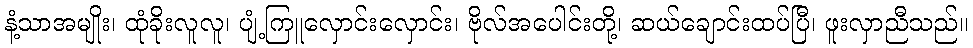
နံ့သာအမျိုး၊ ထုံခိုးလူလူ၊ ပျံ့ကြူလှောင်းလှောင်း၊ ဗိုလ်အပေါင်းတို့၊ ဆယ်ချောင်းထပ်ပြီ၊ ဖူးလှာညီသည်။